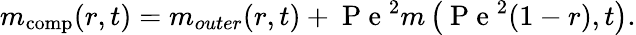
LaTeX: m_{\mathrm{comp}}(r,t)=m_{outer}(r,t)+\mathrm{~P~e~}^{2}m\left(\mathrm{~P~e~}^{2}(1-r),t\right).